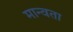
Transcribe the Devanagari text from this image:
मान्वता